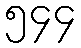
၅၄၄